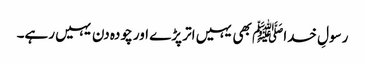
رسولِ خداﷺ بھی یہیں اتر پڑے اور چودہ دن یہیں رہے۔